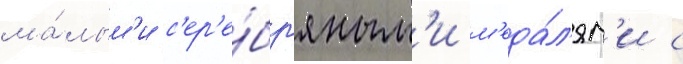
ма́лым'и с'ер'е́бр'яным'и м'еда́л'ям'и с